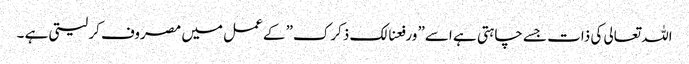
اللہ تعالی کی ذات جسے چاہتی ہے اسے” ورفعنالک ذکرک” کے عمل میں مصروف کر لیتی ہے ۔